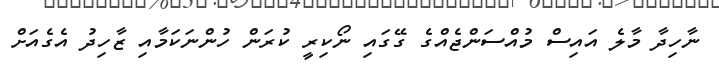
ނާހިދާ މާލެ އައިސް މުއްސަންޖެއްގެ ގޭގައި ނޯކިރީ ކުރަން ހުންނަކަމާއި ޒާހިދު އެގެއަށް